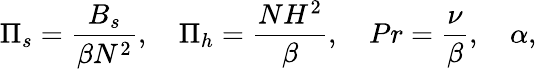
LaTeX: \Pi_{s}=\frac{B_{s}}{\beta N^{2}},\quad\Pi_{h}=\frac{NH^{2}}{\beta},\quad Pr=\frac{\nu}{\beta},\quad\alpha,